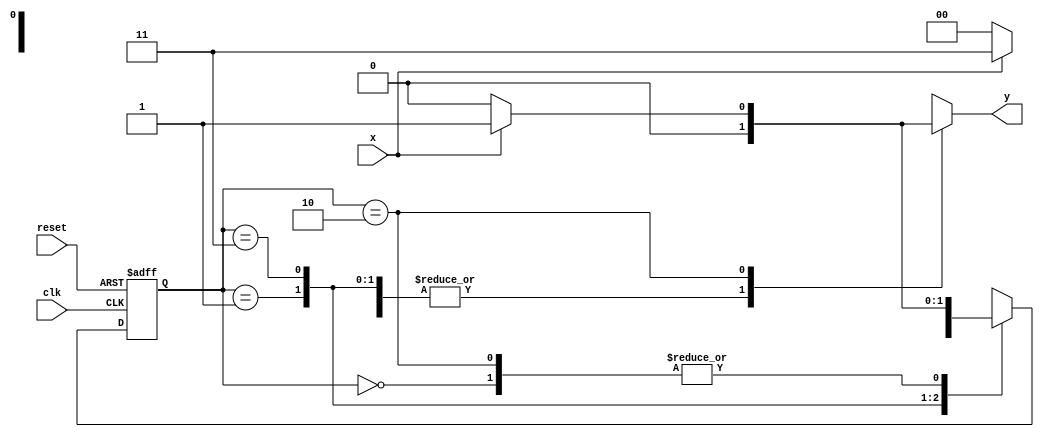
// --------------
// Mealy_1101 - Laura Iara Silva Santos Xavier - 734661
// --- Mealy FSM
// --------------
/*
 Mealy FSM Diagram
                    ___________________
                  /                     \
            1    v      1          0   1 | // found
 [start] ---> [id1] ---> [id11] ---> [id110]
   ^  \0      0 |       1 /  ^         0 | // not found
    \_/        /          \__/           |
     \________/                          |
      \                                  |
       \________________________________/
*/
// constant definitions
`define found 1
`define notfound 0
// FSM by Mealy
module mealy_1101 ( y, x, clk, reset );
output y;
input x;
input clk;
input reset;

reg y;

parameter // state identifiers
 start = 2'b00,
 id1 = 2'b01,
 id11 = 2'b11,
 id110 = 2'b10;

 reg [1:0] E1;// current state variables
 reg [1:0] E2;// next state logic output

// next state logic
 always @( x or E1 )
 begin
    y = `notfound;
    case ( E1 )
    start:
        if ( x )
        E2 = id1;
        else
        E2 = start;
    id1:
        if ( x )
        E2 = id11;
        else
        E2 = start;
    id11:
        if ( x )
        E2 = id11;
        else
        E2 = id110;
    id110:
        if ( x )
            begin
            E2 = id1;
            y = `found;
            end
         else
            begin
            E2 = start;
            y = `notfound;
            end
    default: // undefined state
        E2 = 2'bxx;
    endcase
 end // always at signal or state changing

// state variables
 always @( posedge clk or negedge reset )
    begin
    if ( reset )
    E1 = E2; // updates current state
    else
    E1 = 0; // reset
    end // always at signal changing
endmodule // mealy_1101